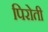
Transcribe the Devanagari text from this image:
पिरोती